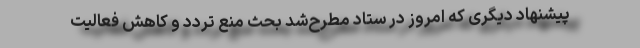
پیشنهاد دیگری که امروز در ستاد مطرح‌شد بحث منع تردد و کاهش فعالیت